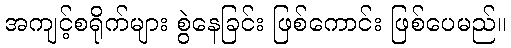
အကျင့်စရိုက်များ စွဲနေခြင်း ဖြစ်ကောင်း ဖြစ်ပေမည်။